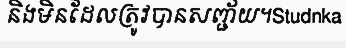
និងមិនដែលត្រូវបានសញ្ជ័យ។Studnka